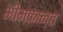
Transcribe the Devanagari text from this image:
भीमकान्त